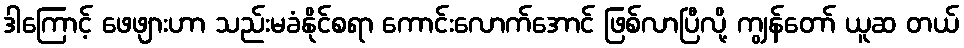
ဒါကြောင့် ဖေဖျားဟာ သည်းမခံနိုင်စရာ ကောင်းလောက်အောင် ဖြစ်လာပြီလို့ ကျွန်တော် ယူဆ တယ်